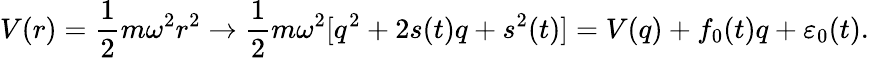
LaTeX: V(r)=\frac{1}{2}m\omega^{2}r^{2}\rightarrow\frac{1}{2}m\omega^{2}[q^{2}+2s(t)q+s^{2}(t)]=V(q)+f_{0}(t)q+\varepsilon_{0}(t).